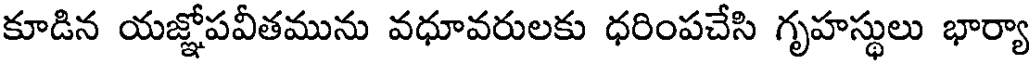
కూడిన యజ్ఞోపవీతమును వధూవరులకు ధరింపచేసి గృహస్థులు భార్యా